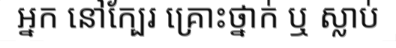
អ្នក នៅក្បែរ គ្រោះថ្នាក់ ឬ ស្លាប់